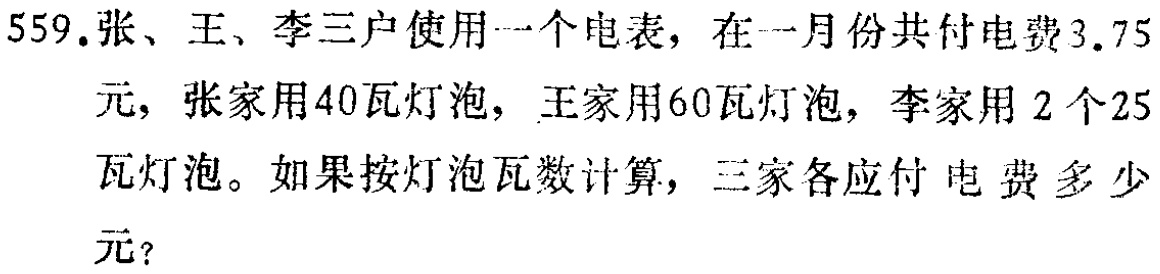
559.张、王、李三户使用一个电表，在一月份共付电费3.75元，张家用40瓦灯泡，王家用60瓦灯泡，李家用2个25瓦灯泡。如果按灯泡瓦数计算，三家各应付电费多少元？